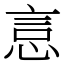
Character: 悥